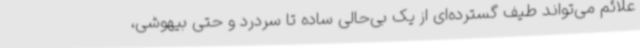
علائم می‌تواند طیف گسترده‌ای از یک بی‌حالی ساده تا سردرد و حتی بیهوشی،